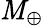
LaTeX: \mathit{M}_{\oplus}